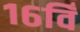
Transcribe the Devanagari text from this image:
१६विँ